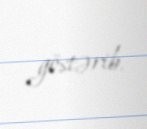
göstərib.